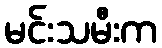
မင်းသမီးက